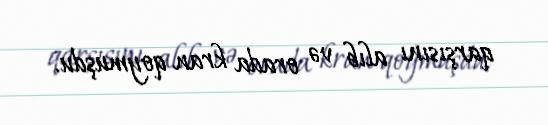
qarşısını alıb və orada kran qoymuşdu.